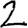
Digit: 2